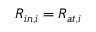
R _ { i n , i } = R _ { a t , i }